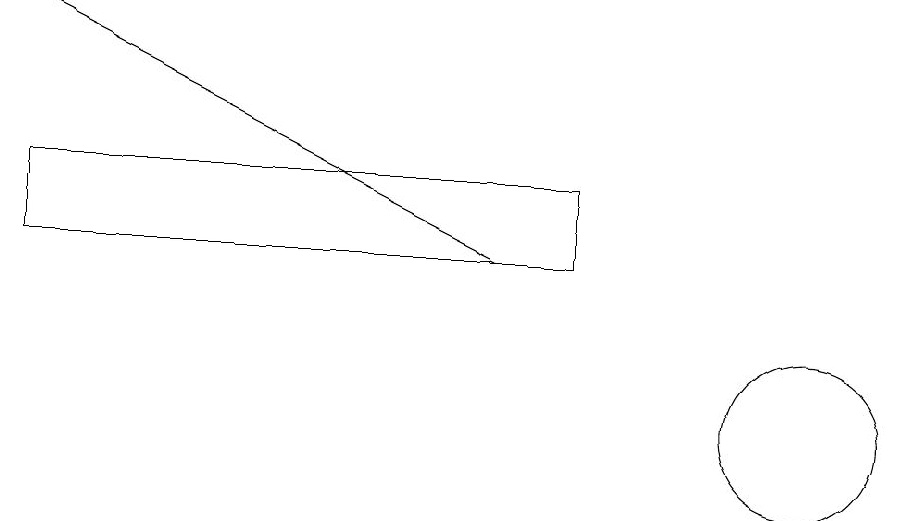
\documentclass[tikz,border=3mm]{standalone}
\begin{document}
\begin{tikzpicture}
\draw[->] (7,12) -- (1,15);
\draw (1,13) rectangle (8,12);
\draw (11,10) circle (1);
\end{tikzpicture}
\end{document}